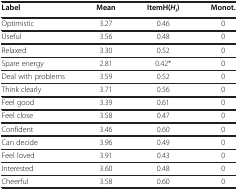
<table><thead><tr><td><b>Label</b></td><td><b>Mean</b></td><td><b>ItemH(<i>H</i><sub><i>i</i></sub>)</b></td><td><b>Monot.</b></td></tr></thead><tbody><tr><td>Optimistic</td><td>3.27</td><td>0.46</td><td>0</td></tr><tr><td>Useful</td><td>3.56</td><td>0.48</td><td>0</td></tr><tr><td>Relaxed</td><td>3.30</td><td>0.52</td><td>0</td></tr><tr><td>Spare energy</td><td>2.81</td><td>0.42*</td><td>0</td></tr><tr><td>Deal with problems</td><td>3.59</td><td>0.52</td><td>0</td></tr><tr><td>Think clearly</td><td>3.71</td><td>0.56</td><td>0</td></tr><tr><td>Feel good</td><td>3.39</td><td>0.61</td><td>0</td></tr><tr><td>Feel close</td><td>3.58</td><td>0.47</td><td>0</td></tr><tr><td>Confident</td><td>3.46</td><td>0.60</td><td>0</td></tr><tr><td>Can decide</td><td>3.96</td><td>0.49</td><td>0</td></tr><tr><td>Feel loved</td><td>3.91</td><td>0.43</td><td>0</td></tr><tr><td>Interested</td><td>3.60</td><td>0.48</td><td>0</td></tr><tr><td>Cheerful</td><td>3.58</td><td>0.60</td><td>0</td></tr></tbody></table>